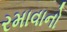
રમાવાનો